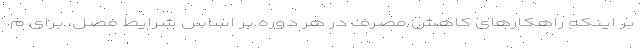
بر اینکه راهکارهای کاهش مصرف در هر دوره بر اساس شرایط فصل، برای م